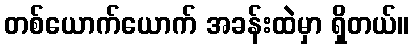
တစ်ယောက်ယောက် အခန်းထဲမှာ ရှိတယ်။